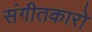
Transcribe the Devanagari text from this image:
संगीतकारो